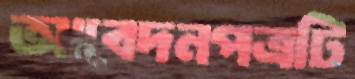
আবেদনপত্রটি